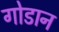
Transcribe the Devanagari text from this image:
गोडान